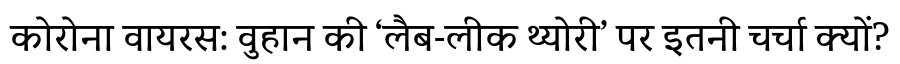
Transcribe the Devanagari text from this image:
कोरोना वायरस: वुहान की ‘लैब-लीक थ्योरी’ पर इतनी चर्चा क्यों?